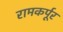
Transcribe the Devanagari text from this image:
रामकर्पूर